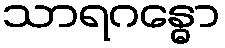
သာရဂန္ဓော